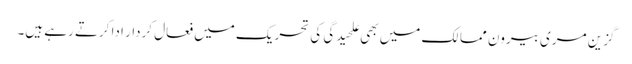
گزین مری بیرون ممالک میں بھی علحیدگی کی تحریک میں فعال کردار ادا کرتے رہے ہیں۔